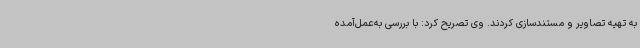
به تهیه تصاویر و مستندسازی کردند. وی تصریح کرد: با بررسی به‌عمل‌آمده